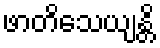
ဖာတိသေယျန္တိ